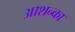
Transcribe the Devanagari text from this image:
आशन्का